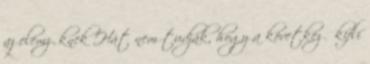
az elemzőknek Hát nem tudják, hogy a következő kifli